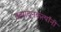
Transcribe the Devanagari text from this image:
उत्पादनकर्त्यांनी